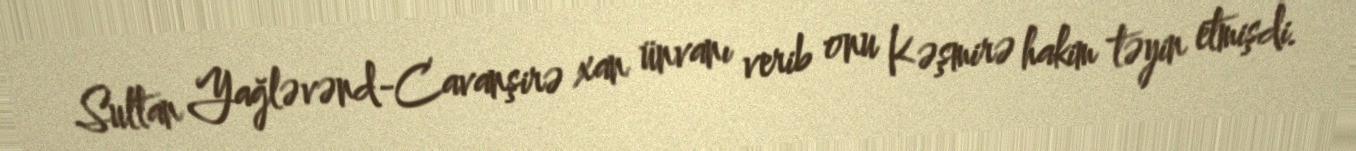
Sultan Yağləvənd-Cavanşirə xan ünvanı verib onu Kəşmirə hakim təyin etmişdi.